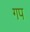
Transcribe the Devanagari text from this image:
गप